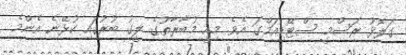
ގަލޮޅު ރަސްމީ ސްޓޭޑިއަމްގަ އެވެ. މިއީ މުބާރާތުގެ ލީގު ބުރުގައި ކުޅޭނެ އެންމެ